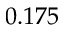
0 . 1 7 5